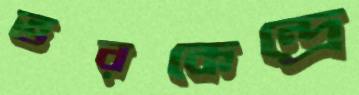
ভরকেন্দ্রে